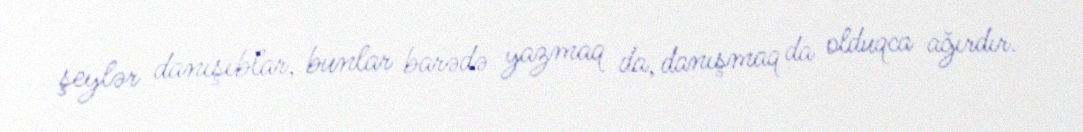
şeylər danışıblar, bunlar barədə yazmaq da, danışmaq da olduqca ağırdır.